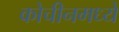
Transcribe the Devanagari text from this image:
कोचीनमध्ये